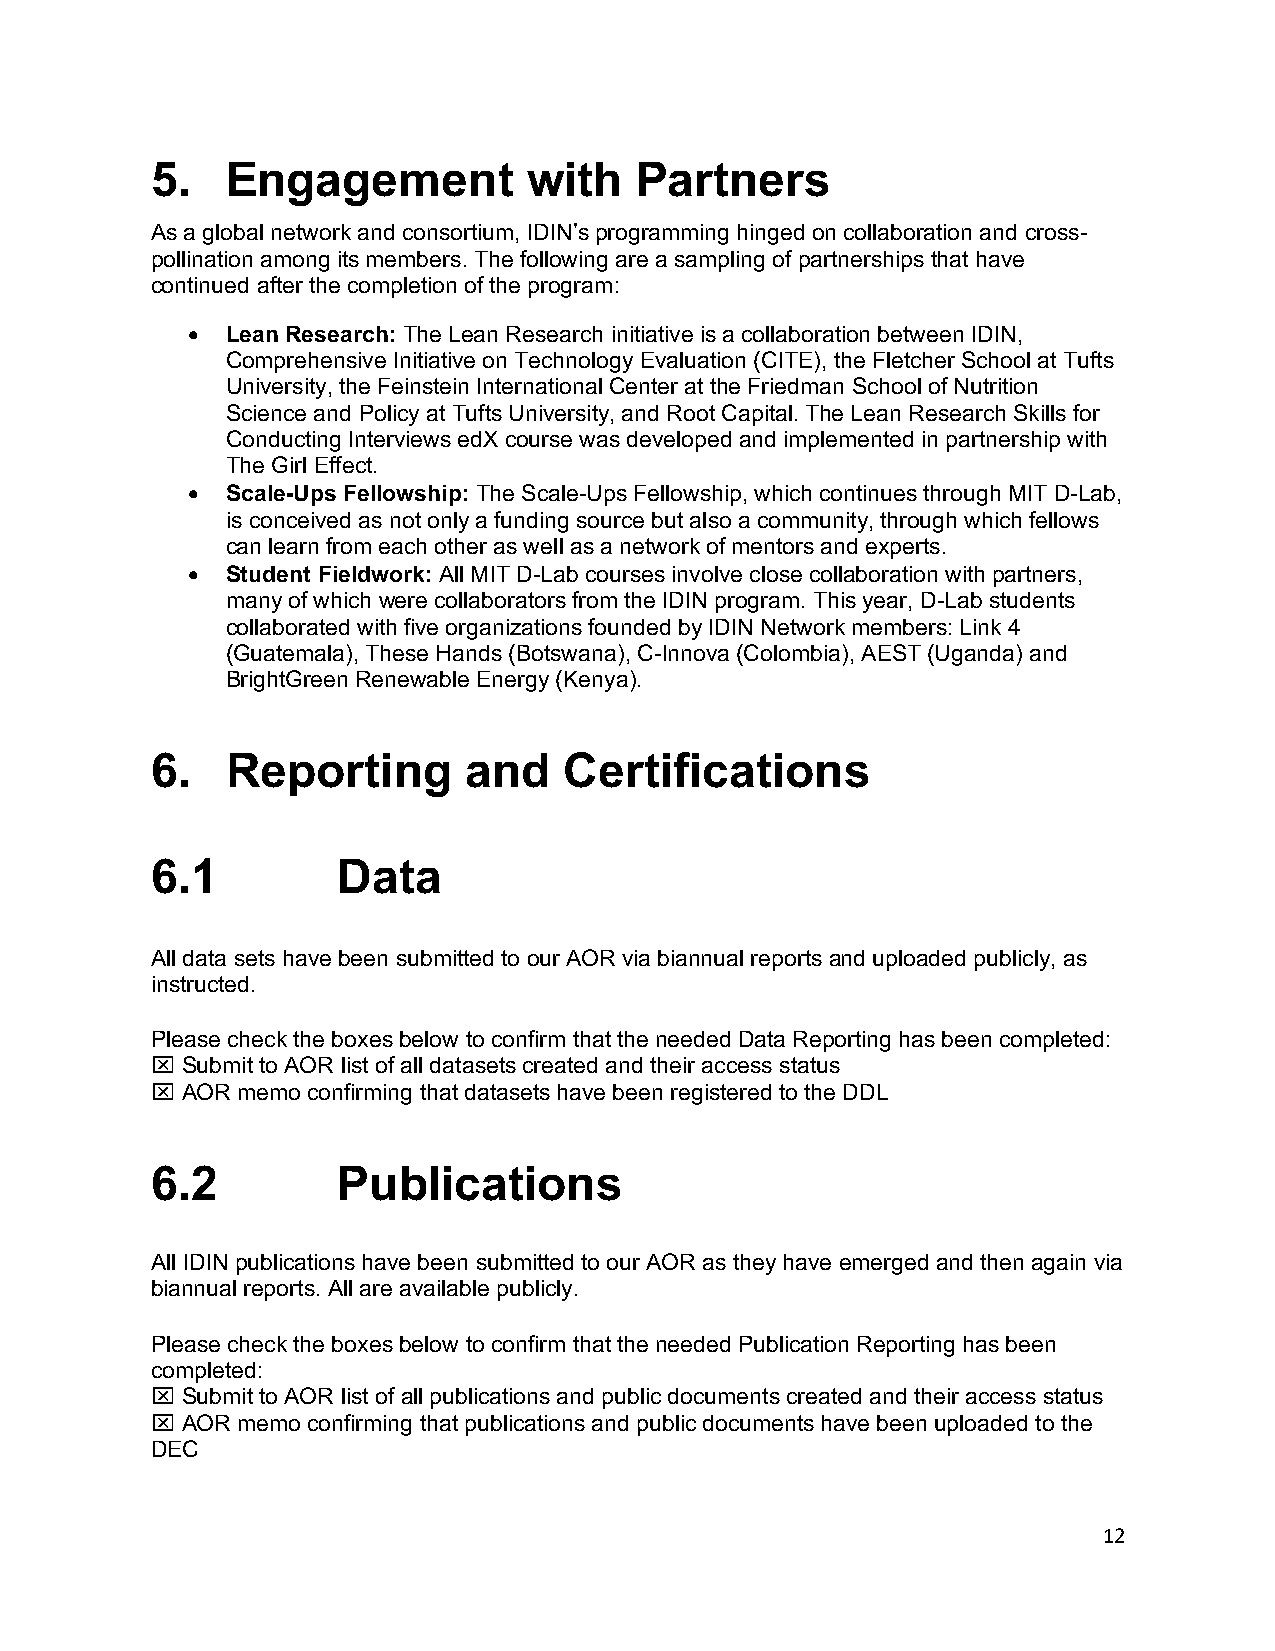
5.   Engagement          with   Partners
 As a global network and consortium, IDIN’s programming hinged on collaboration and cross-
 pollination among its members. The following are a sampling of partnerships that have
 continued after the completion of the program:
 •  Lean Research: The Lean Research initiative is a collaboration between IDIN,
 Comprehensive Initiative on Technology Evaluation (CITE), the Fletcher School at Tufts
 University, the Feinstein International Center at the Friedman School of Nutrition
 Science and Policy at Tufts University, and Root Capital. The Lean Research Skills for
 Conducting Interviews edX course was developed and implemented in partnership with
 The Girl Effect.
 •  Scale-Ups Fellowship: The Scale-Ups Fellowship, which continues through MIT D-Lab,
 is conceived as not only a funding source but also a community, through which fellows
 can learn from each other as well as a network of mentors and experts.
 •  Student Fieldwork: All MIT D-Lab courses involve close collaboration with partners,
 many of which were collaborators from the IDIN program. This year, D-Lab students
 collaborated with five organizations founded by IDIN Network members: Link 4
 (Guatemala), These Hands (Botswana), C-Innova (Colombia), AEST (Uganda) and
 BrightGreen Renewable Energy (Kenya).
 6.   Reporting       and   Certifications
 6.1         Data
 All data sets have been submitted to our AOR via biannual reports and uploaded publicly, as
 instructed.
 Please check the boxes below to confirm that the needed Data Reporting has been completed:
 x Submit to AOR list of all datasets created and their access status
 x AOR memo confirming that datasets have been registered to the DDL
 6.2         Publications
 All IDIN publications have been submitted to our AOR as they have emerged and then again via
 biannual reports. All are available publicly.
 Please check the boxes below to confirm that the needed Publication Reporting has been
 completed:
 x Submit to AOR list of all publications and public documents created and their access status
 x AOR memo confirming that publications and public documents have been uploaded to the
 DEC
 12